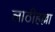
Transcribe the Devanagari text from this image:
लाठीहल्ला